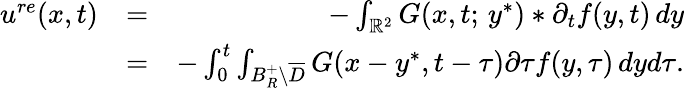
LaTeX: \begin{array}{rlr}{u^{re}(x,t)}&{=}&{-\int_{{\mathbb R}^{2}}G(x,t;\, y^{*})*\partial_{t}f(y,t)\, dy}\\ &{=}&{-\int_{0}^{t}\int_{B_{R}^{+}\backslash\overline{{D}}}G(x-y^{*},t-\tau)\partial\tau f(y,\tau)\, dyd\tau.}\end{array}